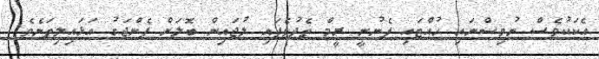
އެކަކުވެސް ނުވިސްނައި ހުއްޓައި ފެނުނީ ރީމް ތެދުވެފައި ލުޖައިން ބޮލަށް ފެންޖަގު އަޅައިލިތަނެވެ.